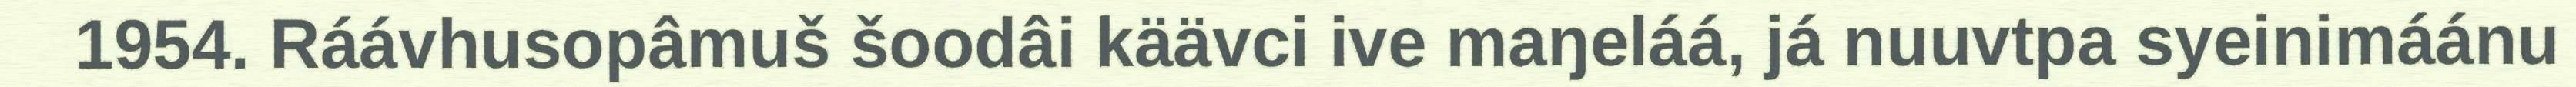
1954. Ráávhusopâmuš šoodâi käävci ive maŋeláá, já nuuvtpa syeinimáánu